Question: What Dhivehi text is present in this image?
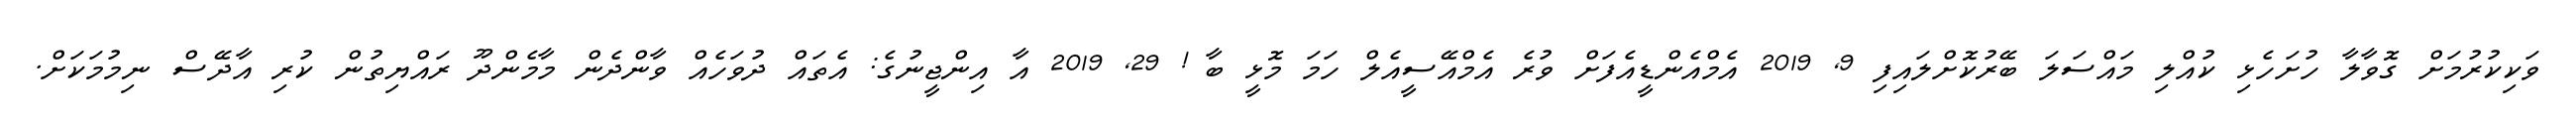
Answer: ވަކިކުރުމަށް ގޮވާލާ ހުށަހެޅި ކުއްލި މައްސަލަ ބޭރުކޮށްލައިފި 9, 2019 އެމްއެންޑީއެފަށް ވުރެ އެމްއޭސީއެލް ހަމަ މޮޅީ ބާ ! 29, 2019 އާ އިންޖީނުގެ: އެތައް ދުވަހެއް ވާންދެން މާމެންދޫ ރައްޔިތުން ކުރި އާދޭސް ނިމުމަކަށް.